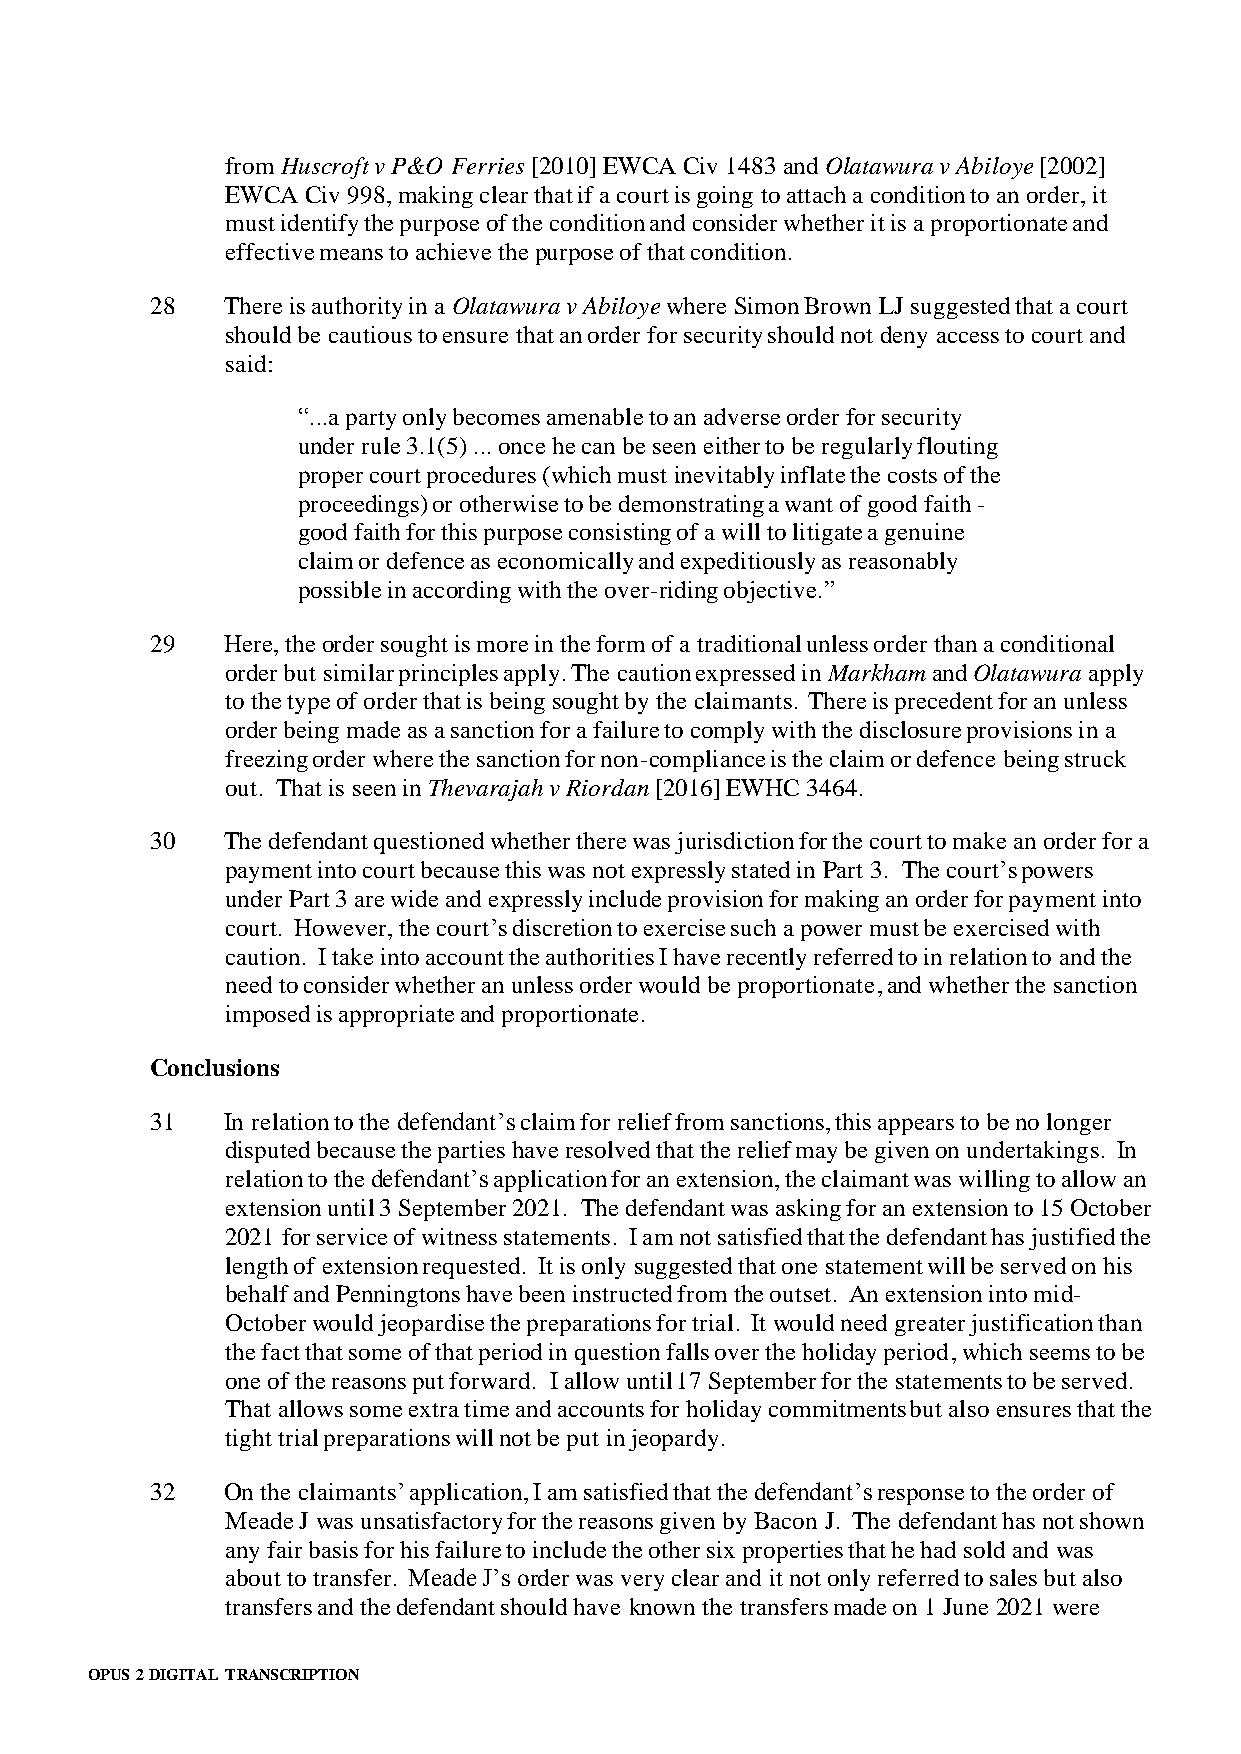
from Huscroft v P&O Ferries [2010] EWCA Civ 1483 and Olatawura v Abiloye [2002]
 EWCA Civ 998, making clear that if a court is going to attach a condition to an order, it
 must identify the purpose of the condition and consider whether it is a proportionate and
 effective means to achieve the purpose of that condition.
 28   There is authority in a Olatawura v Abiloye where Simon Brown LJ suggested that a court
 should be cautious to ensure that an order for security should not deny access to court and
 said:
 “...a party only becomes amenable to an adverse order for security
 under rule 3.1(5) ... once he can be seen either to be regularly flouting
 proper court procedures (which must inevitably inflate the costs of the
 proceedings) or otherwise to be demonstrating a want of good faith -
 good faith for this purpose consisting of a will to litigate a genuine
 claim or defence as economically and expeditiously as reasonably
 possible in according with the over-riding objective.”
 29   Here, the order sought is more in the form of a traditional unless order than a conditional
 order but similar principles apply. The caution expressed in Markham and Olatawura apply
 to the type of order that is being sought by the claimants. There is precedent for an unless
 order being made as a sanction for a failure to comply with the disclosure provisions in a
 freezing order where the sanction for non-compliance is the claim or defence being struck
 out. That is seen in Thevarajah v Riordan [2016] EWHC 3464.
 30   The defendant questioned whether there was jurisdiction for the court to make an order for a
 payment into court because this was not expressly stated in Part 3. The court’s powers
 under Part 3 are wide and expressly include provision for making an order for payment into
 court. However, the court’s discretion to exercise such a power must be exercised with
 caution. I take into account the authorities I have recently referred to in relation to and the
 need to consider whether an unless order would be proportionate, and whether the sanction
 imposed is appropriate and proportionate.
 Conclusions
 31   In relation to the defendant’s claim for relief from sanctions, this appears to be no longer
 disputed because the parties have resolved that the relief may be given on undertakings. In
 relation to the defendant’s application for an extension, the claimant was willing to allow an
 extension until 3 September 2021. The defendant was asking for an extension to 15 October
 2021 for service of witness statements. I am not satisfied that the defendant has justified the
 length of extension requested. It is only suggested that one statement will be served on his
 behalf and Penningtons have been instructed from the outset. An extension into mid-
 October would jeopardise the preparations for trial. It would need greater justification than
 the fact that some of that period in question falls over the holiday period, which seems to be
 one of the reasons put forward. I allow until 17 September for the statements to be served.
 That allows some extra time and accounts for holiday commitments but also ensures that the
 tight trial preparations will not be put in jeopardy.
 32   On the claimants’ application, I am satisfied that the defendant’s response to the order of
 Meade J was unsatisfactory for the reasons given by Bacon J. The defendant has not shown
 any fair basis for his failure to include the other six properties that he had sold and was
 about to transfer. Meade J’s order was very clear and it not only referred to sales but also
 transfers and the defendant should have known the transfers made on 1 June 2021 were
 OPUS 2 DIGITAL TRANSCRIPTION